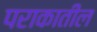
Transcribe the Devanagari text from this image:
पराकातील